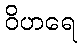
ဝိဟရေ